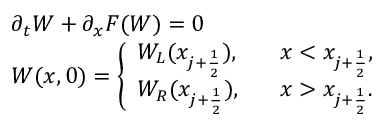
\begin{array} { l l } { \partial _ { t } W + \partial _ { x } F ( W ) = 0 } \\ { W ( x , 0 ) = \left\{ \begin{array} { l l } { W _ { L } ( x _ { j + \frac { 1 } { 2 } } ) , } & { \; \; \; x < x _ { j + \frac { 1 } { 2 } } , } \\ { W _ { R } ( x _ { j + \frac { 1 } { 2 } } ) , } & { \; \; \; x > x _ { j + \frac { 1 } { 2 } } . } \end{array} \right. } \end{array}